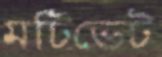
মটিভেট